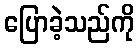
ပြောခဲ့သည်ကို